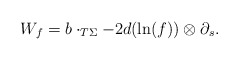
\begin{align*}W_{f} = b \cdot _{T\Sigma} - 2 d(\ln(f)) \otimes \partial_s. \end{align*}